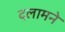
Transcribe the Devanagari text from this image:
दलामने